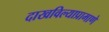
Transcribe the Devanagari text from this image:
दाखविल्याप्रामाणे